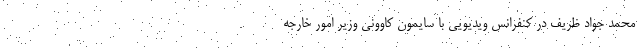
محمد جواد ظریف در کنفرانس ویدیویی با سایمون کاوونی وزیر امور خارجه